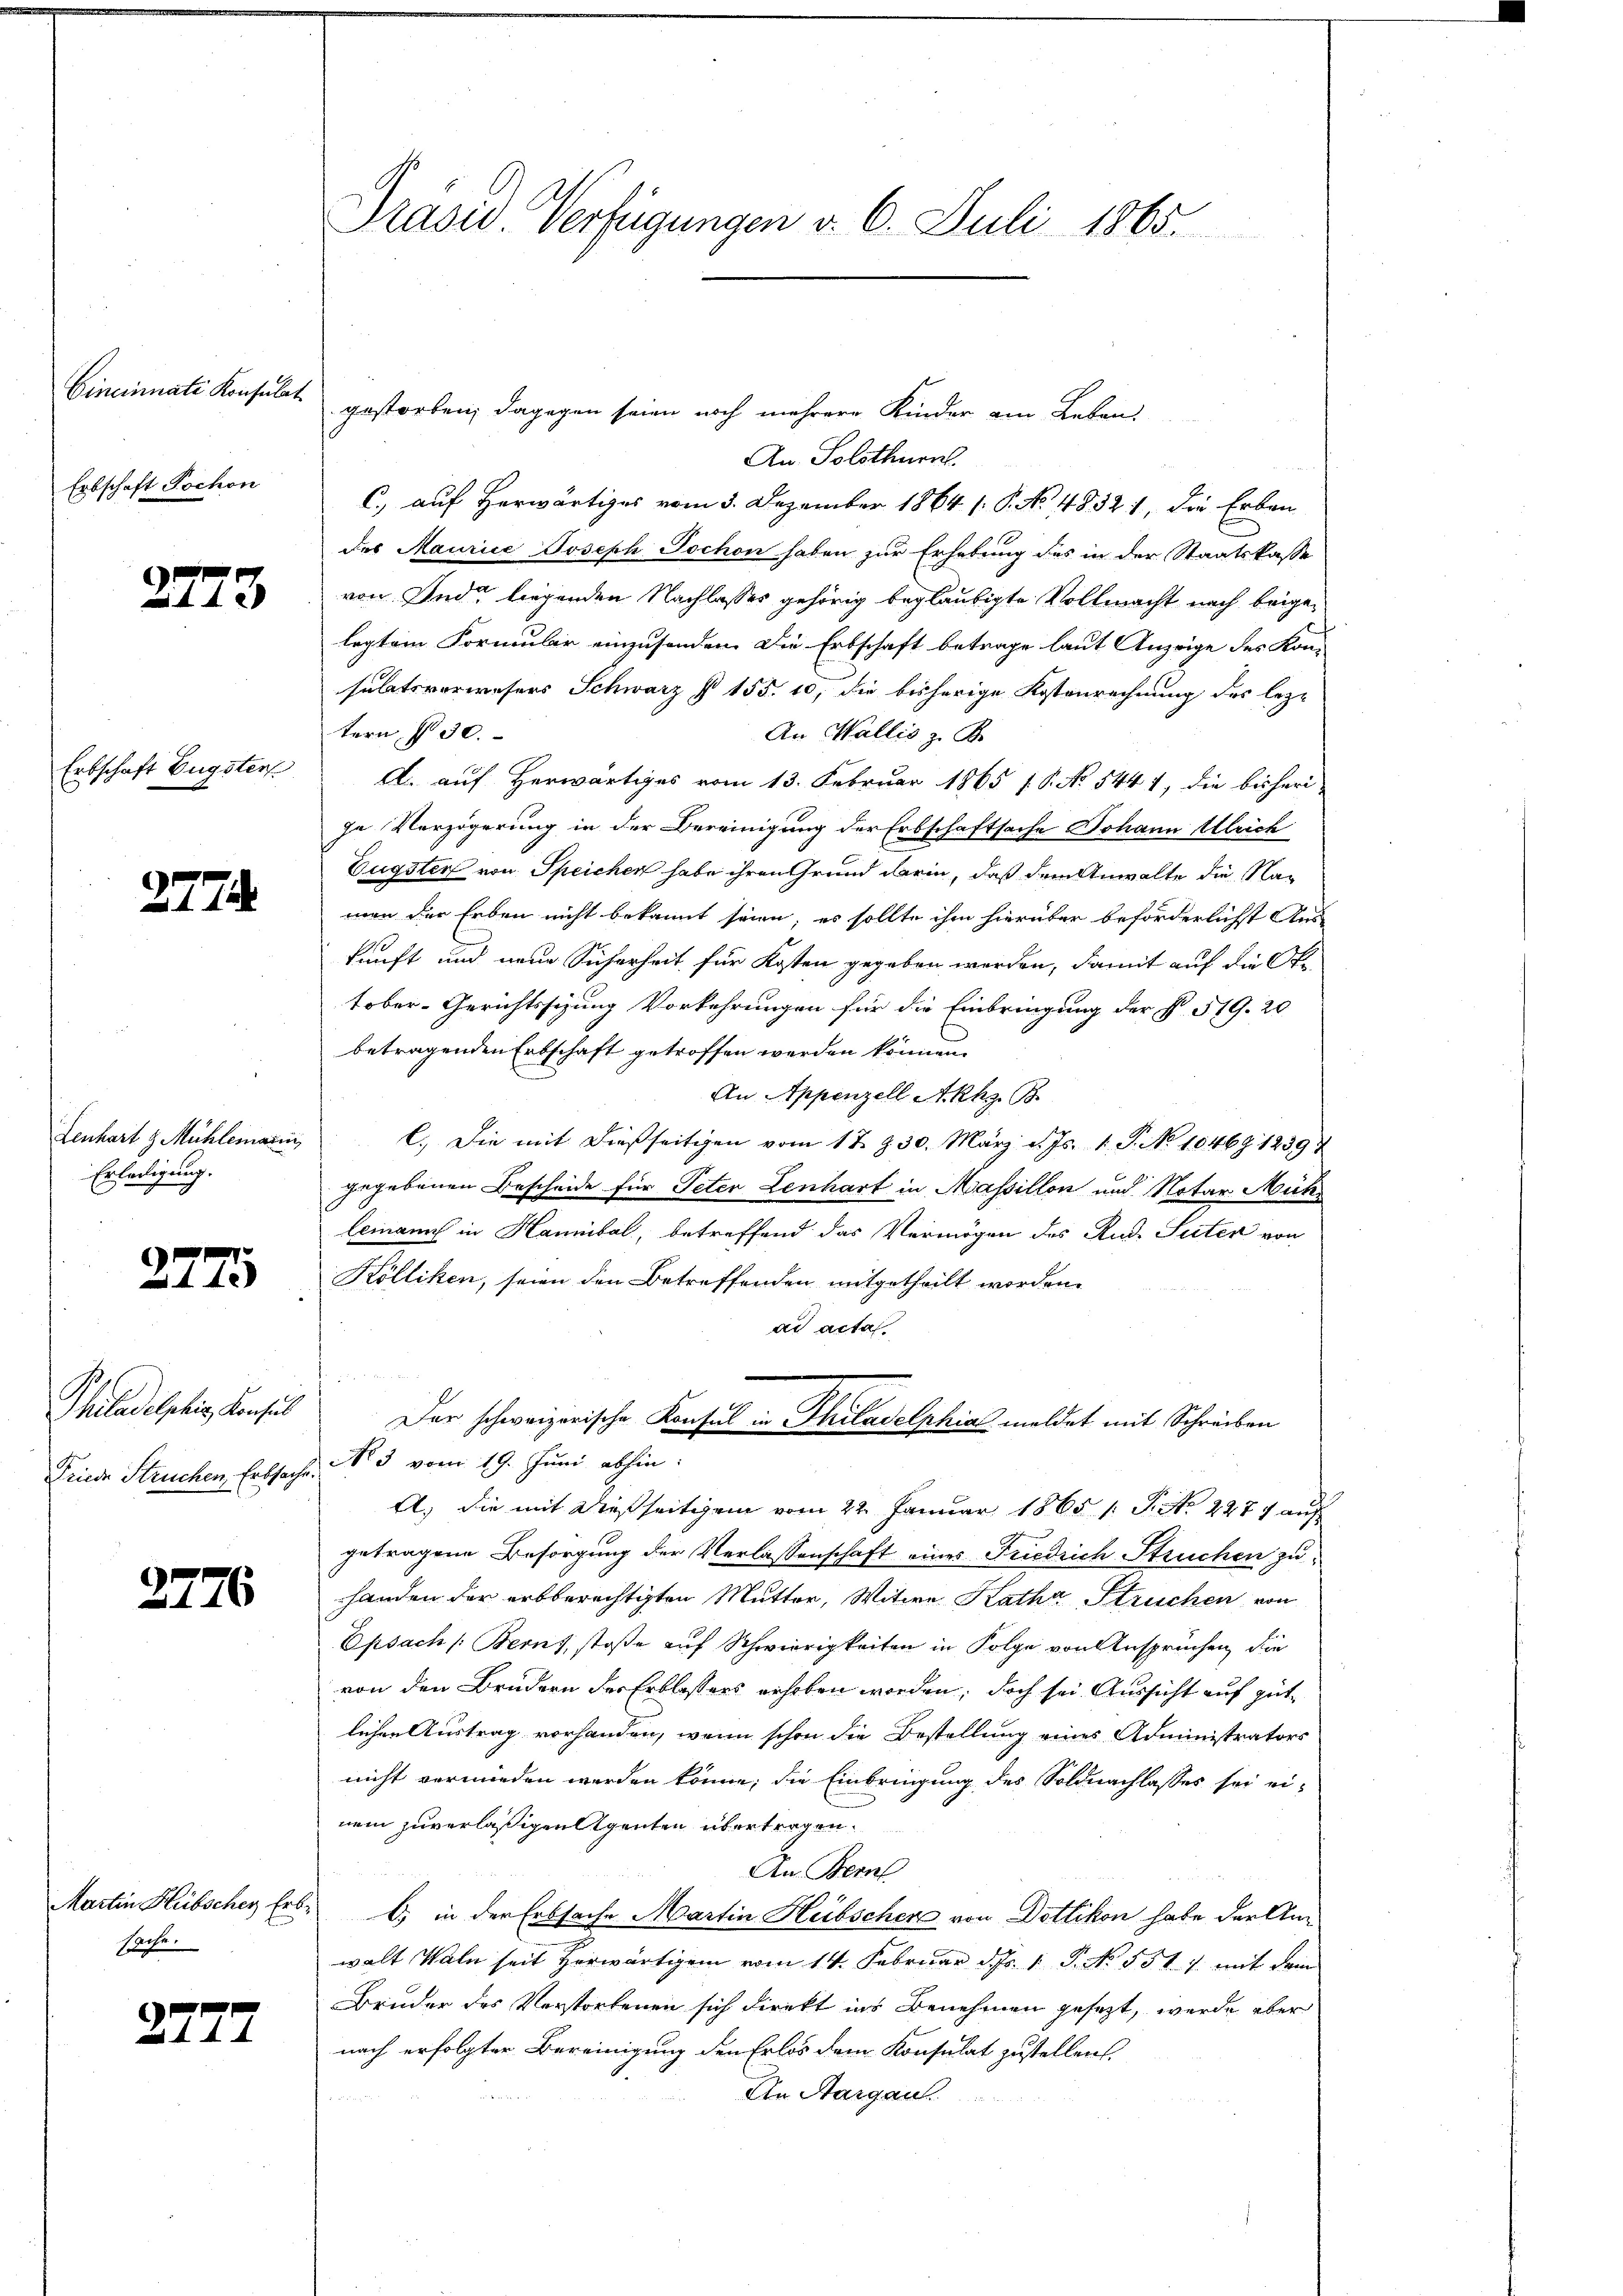
Cincinnate Konsulat
Erbschaft Tochon

223

Erbschaft Eugster

278

Lenhart g Mühlemann,
Erledigung.

2775

Philadelschein Konsul
Friede Struchen Erbsache

2776

Martin Hübscher Ers
sache.

2777.

Präses Verfügungen d. 6. Juli 1865.

gestorben; dagegen seien noch mehrere Kinder am Leben,
An Solothurn
C) auf Herwärtiges vom 3. Dezember 1864 s. S. No. 48321, die Erben
des Maurice Joseph Jochon haben zur Erhebung des in der Staatskasse
von Ind liegenden Nachlasses gehörig beglaubigte Vollmacht nach beigelegtem Formular einzusenden. Die Erbschaft betrage laut Anzeige des Kon-
saltsverwesers Schwarz § 155. 10, die bisherige Kostenrechnung des leztern No 30.
An Wallis z. B.
A. auf Herwärtiges vom 13. Februar 1865 s. S. No 544 1, die bisheri-
je Verzögerung in der Bereinigung der Erbschaftsache Johann Ulrich
Eugster von Speicher habe ihren Grund darin, daß dem Anwalte die Naman der Erben nicht bekannt seien, es sollte ihm hierüber beförderlichst Aus-
kunft und neue Sicherheit für Kosten gegeben werden, damit auf die Ote
tober-Gerichtssizung Vorkehrungen für die Einbringung der § 519. 20
betragenden Erbschaft getroffen werden können.
An Appenzell Akhz. B.
l. Die mit dießseitigen vom 17. Z. 30. März d. Js. 1. S. No 1046 1239
gegebenen Bescheide für Peter Lenhart in Massillon und Notar Mühe
lemann in Hannibal, betreffend das Vermögen des Rud. Suter von
Kölliken, seien den Betreffenden mitgetheilt worden.
ad acta.
Der schweizerische Konsul in Philadelphia meldet mit Schreiben
No 3 vom 19. Juni abhin:
A. die mit dießseitigen vom 22. Januar 1865 1 S. S. 2274 auf
getragene Besorgung der Verlassenschaft eines Friedrich Struchen zu
handen der erbberechtigten Mutter, Witwe Katha Struchen von
Epsach Berns, stoße auf Schwierigkeiten in Folge von Ansprüchen die
von den Brudern der Erblassers erhoben worden, doch sei. Aussicht auf gute
lichen Austrag vorhanden, wenn schon die Bestellung eines Administrators
nicht vermieden werden könne; die Einbringung des Soldnachlasses sei einem zuverläßigen Agenten übertragen.
An Bern
b) in der Erbsache Martin Heibscher von Dottikon habe der Anwalt Waln seit herwärtigen vom 14. Februar d. Js. 1. P. No. 551. 1. mit dem
Bruder des Verstorbenen sich direkt ins Benehmen gesezt, werde aber
nach erfolgter Bereinigung den Erlös dem Konsulat zustellen.
An Aargau